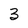
Character: 3